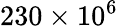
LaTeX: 230\times 10^{6}